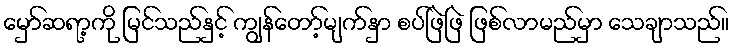
မှော်ဆရာ့ကို မြင်သည်နှင့် ကျွန်တော့်မျက်နှာ စပ်ဖြဲဖြဲ ဖြစ်လာမည်မှာ သေချာသည်။